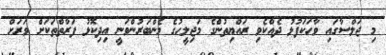
މި ޖަލްސާގައި ވާހަކަފުޅު ދެއްކެވި ރައްޔިތުންގެ މަޖިލީހުގެ މެންބަރުންވަނީ އިދިކޮޅު ފަރާތްތަކަށް ވަރަށް